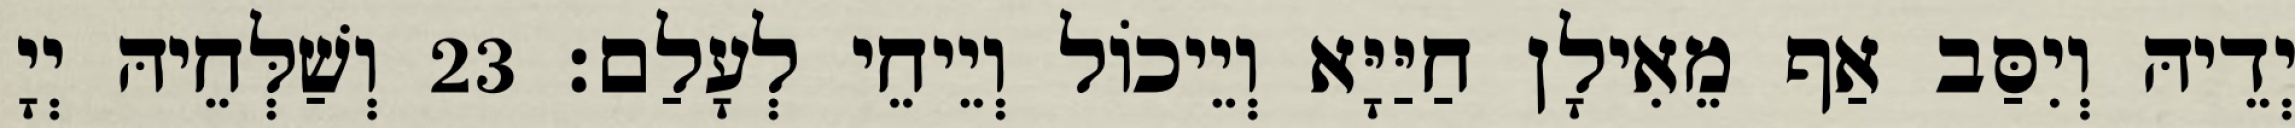
יְדֵיהּ וְיִסַּב אַף מֵאִילָן חַיַּיָּא וְיֵיכוֹל וְיֵיחֵי לְעָלַם׃ 23 וְשַׁלְּחֵיהּ יְיָ